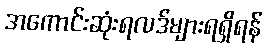
အကောင်းဆုံးရလဒ်များရရှိရန်